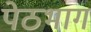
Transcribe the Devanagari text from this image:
पेठभाग